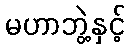
မဟာဘွဲ့နှင့်